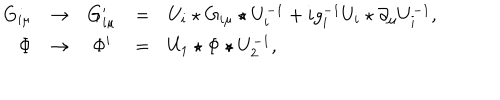
\begin{array} { r c c c l } { { G _ { i \mu } } } & { { \to } } & { { G _ { i \mu } ^ { \prime } } } & { { = } } & { { U _ { i } \star G _ { i \mu } \star U _ { i } ^ { - 1 } + i g _ { i } ^ { - 1 } U _ { i } \star \partial _ { \mu } U _ { i } ^ { - 1 } , } } \\ { { \Phi } } & { { \to } } & { { \Phi ^ { \prime } } } & { { = } } & { { U _ { 1 } \star \Phi \star U _ { 2 } ^ { - 1 } , } } \\ \end{array}